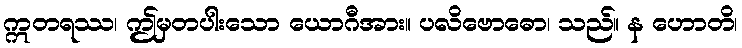
ဣတရဿ၊ ဤမှတပါးသော ယောဂီအား။ ပလိဗောဓော၊ သည်။ န ဟောတိ၊